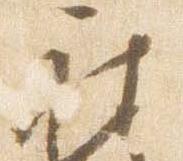
被